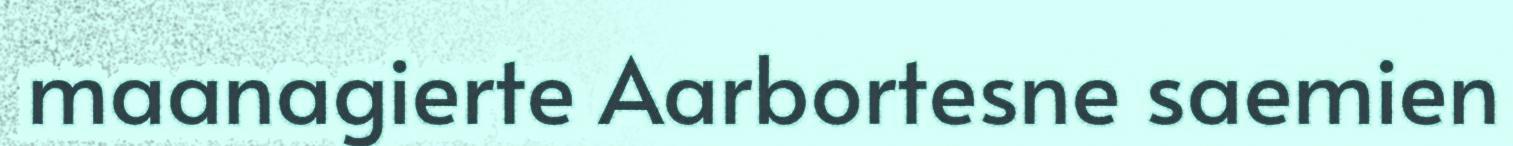
maanagierte Aarbortesne saemien